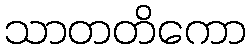
သာတတိကော